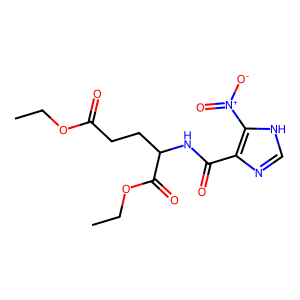
SMILES: CCOC(=O)CCC(NC(=O)c1nc[nH]c1[N+](=O)[O-])C(=O)OCC
Inhibits HIV replication: No